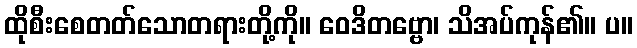
ထိုစီးစေတတ်သောတရားတို့ကို။ ဝေဒိတဗ္ဗော၊ သိအပ်ကုန်၏။ ပ။